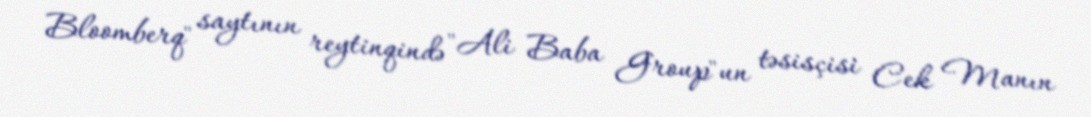
Bloomberq" saytının reytinqində "Ali Baba Group"un təsisçisi Cek Manın